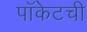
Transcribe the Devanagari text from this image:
पॉकेटची